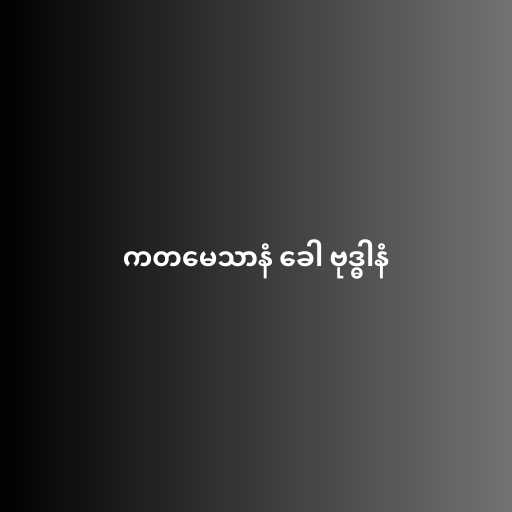
ကတမေသာနံ ခေါ ဗုဒ္ဓါနံ